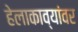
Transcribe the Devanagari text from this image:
हेलाकाव्यांवर